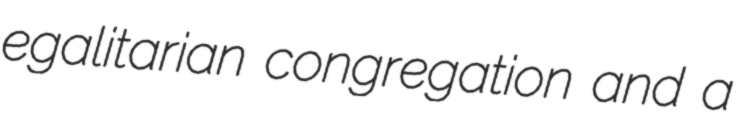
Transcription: egalitarian congregation and a